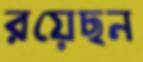
রয়েছন